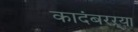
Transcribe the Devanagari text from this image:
कादंबरऱ्या